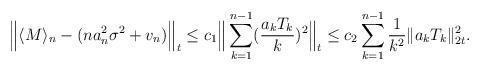
LaTeX: \begin{align*}\Big\|\langle M\rangle_n- (n a_n^2\sigma^2 +v_n ) \Big\|_t \leq c_1 \Big\|\sum_{k=1}^{n-1}(\frac{a_kT_k}{k})^2\Big\|_t \leq c_2\sum_{k=1}^{n-1}\frac{1}{k^2}\|a_kT_k\|_{2t}^2.\end{align*}